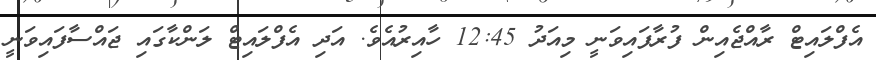
އެފްލައިޓް ރާއްޖެއިން ފުރާފައިވަނީ މިއަދު 12:45 ހާއިރުއެވެ. އަދި އެފްލައިޓް ލަންކާގައި ޖައްސާފައިވަނީ